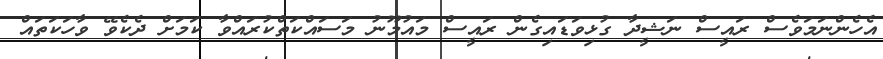
އެހެންނަމަވެސް ރައީސް ނަޝީދާ ގުޅިވަޑައިގެން ރައީސް މައުމޫނު މަސައްކަތްކުރައްވާ ކަމަށް ދެކެވޭ ވާހަކަތައް